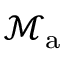
\mathcal { M } _ { \mathrm { a } }